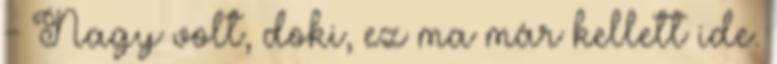
- Nagy volt, doki, ez ma már kellett ide.